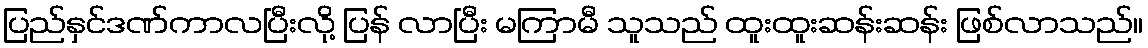
ပြည်နှင်ဒဏ်ကာလပြီးလို့ ပြန် လာပြီး မကြာမီ သူသည် ထူးထူးဆန်းဆန်း ဖြစ်လာသည်။